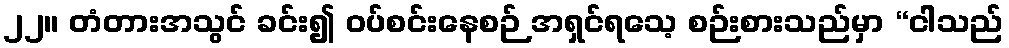
၂၂။ တံတားအသွင် ခင်း၍ ဝပ်စင်းနေစဉ် အရှင်ရသေ့ စဉ်းစားသည်မှာ “ငါသည်